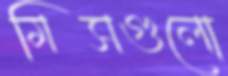
মিসগুলো